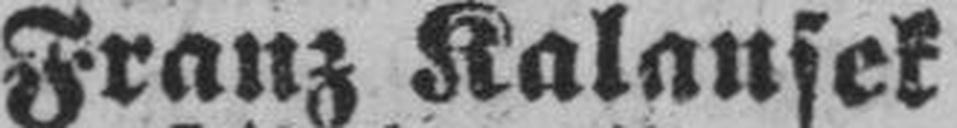
Franz Kalausek